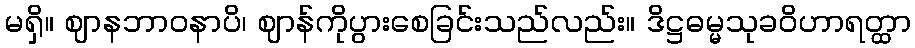
မရှိ။ ဈာနဘာဝနာပိ၊ ဈာန်ကိုပွားစေခြင်းသည်လည်း။ ဒိဋ္ဌဓမ္မသုခဝိဟာရတ္ထာ